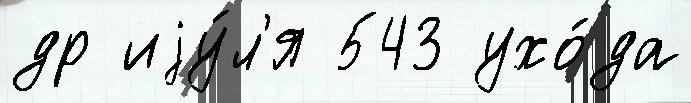
др иjу́л'я 543 ухо́да